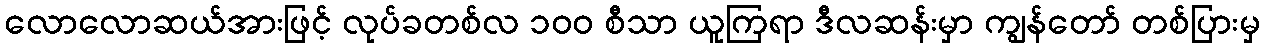
လောလောဆယ်အားဖြင့် လုပ်ခတစ်လ ၁၀၀ စီသာ ယူကြရာ ဒီလဆန်းမှာ ကျွန်တော် တစ်ပြားမှ